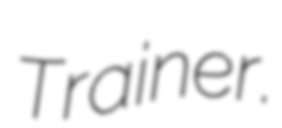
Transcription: Trainer.